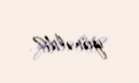
yönəldi?.